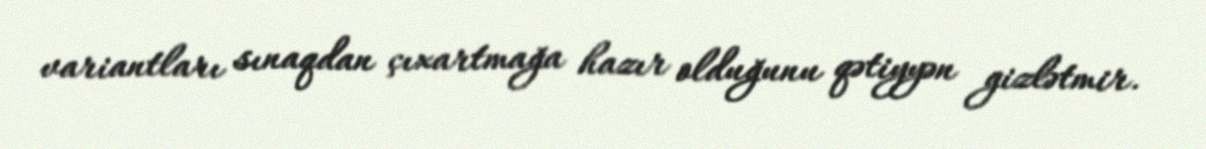
variantları sınaqdan çıxartmağa hazır olduğunu qətiyyən gizlətmir.